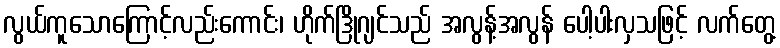
လွယ်ကူသောကြောင့်လည်းကောင်း၊ ဟိုက်ဒြိုဂျင်သည် အလွန့်အလွန် ပေါ့ပါးလှသဖြင့် လက်တွေ့